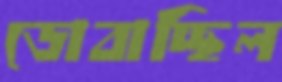
ডোবাচ্ছিল